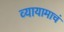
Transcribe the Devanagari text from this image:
व्यायामाचं